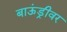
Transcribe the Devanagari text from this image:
बाऊंड्रीवर